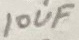
Text: 10uF